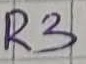
Text: R3